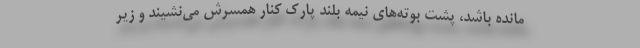
مانده باشد، پشت بوته‌های نیمه بلند پارک کنار همسرش می‌نشیند و زیر